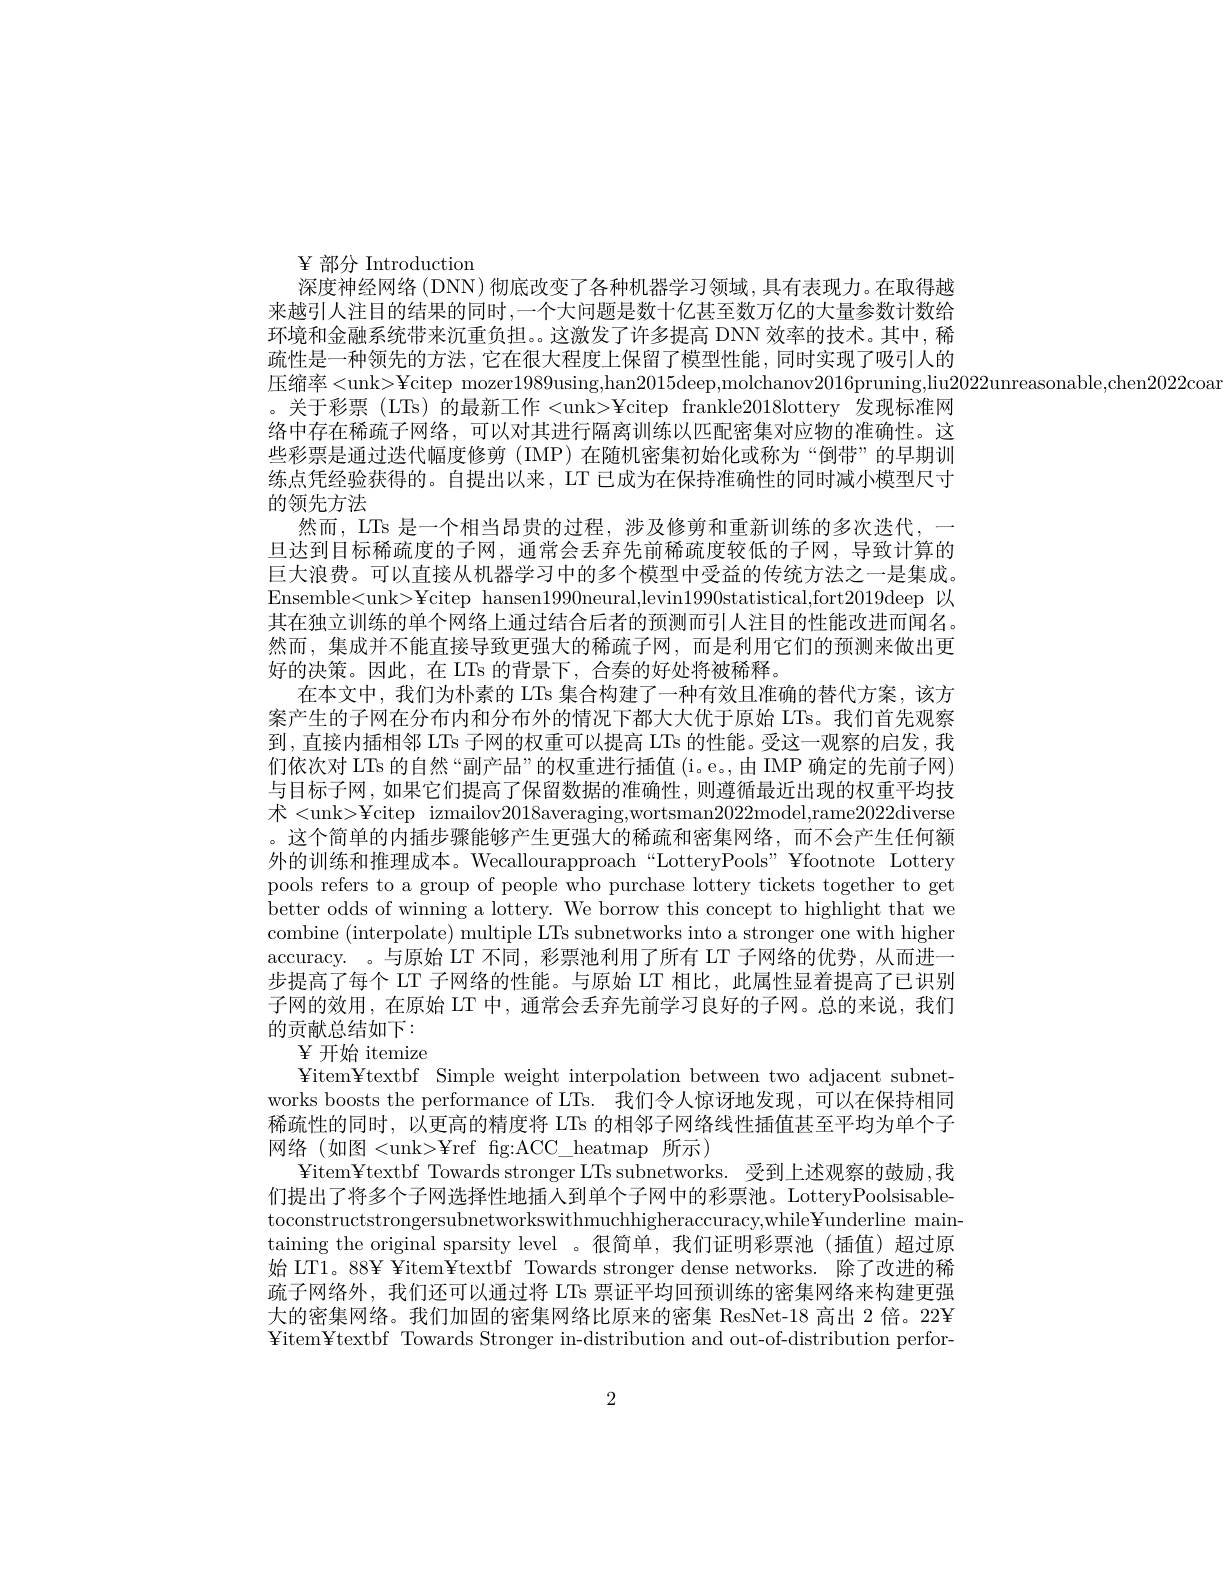
$\Psi$部分 Introduction
深度神经网络 (DNN) 彻底改变了各种机器学习领域，具有表现力。在取得越来越引人注目的结果的同时，一个大问题是数十亿甚至数万亿的大量参数计数给环境和金融系统带来沉重负担。这激发了许多提高 DNN 效率的技术。其中，稀疏性是一种领先的方法，它在很大程度上保留了模型性能，同时实现了吸引人的压缩率<unk>¥citep mozer1989using,han2015deep,molchanov2016pruning,liu20222unreasonable,chen2022coar
。关于彩票 (LTs) 的最新工作 <unk>¥citep frankle2018lottery 发现标准网络中存在稀疏子网络，可以对其进行隔离训练以匹配密集对应物的准确性。这些彩票是通过迭代幅度修剪 (IMP)在随机密集初始化或称为“倒带”的早期训练点凭经验获得的。自提出以来，LT 已成为在保持准确性的同时减小模型尺寸的领先方法
然而，LTs 是一个相当昂贵的过程，涉及修剪和重新训练的多次迭代，一旦达到目标稀疏度的子网，通常会丢弃先前稀疏度较低的子网，导致计算的巨大浪费。可以直接从机器学习中的多个模型中受益的传统方法之一是集成。Ensemble<unk>¥citep hansen1990neural,levin1990statistical,fort2019deep 以其在独立训练的单个网络上通过结合后者的预测而引人注目的性能改进而闻名。然而，集成并不能直接导致更强大的稀疏子网，而是利用它们的预测来做出更好的决策。因此，在 LTs 的背景下，合奏的好处将被稀释。
在本文中，我们为朴素的 LTs 集合构建了一种有效且准确的替代方案，该方案产生的子网在分布内和分布外的情况下都大大优于原始 LTs。我们首先观察到，直接内插相邻 LTs 子网的权重可以提高 LTs 的性能。受这一观察的启发，我们依次对 LTs 的自然“副产品”的权重进行插值 (i。e。,由 IMP 确定的先前子网) 与目标子网，如果它们提高了保留数据的准确性，则遵循最近出现的权重平均技术<unk>¥citep izmailov2018averaging,wortsman2022model,rame2022diverse 。这个简单的内插步骤能够产生更强大的稀疏和密集网络，而不会产生任何额外的训练和推理成本。Wecallourapproach“LotteryPools” ¥footnote Lottery pools refers to a group of people who purchase lottery tickets together to get better odds of winning a lottery. We borrow this concept to highlight that we combine (interpolate) multiple LTs subnetworks into a stronger one with higher accuracy. 。与原始 LT 不同，彩票池利用了所有 LT 子网络的优势，从而进一步提高了每个 LT 子网络的性能。与原始 LT 相比，此属性显着提高了已识别子网的效用，在原始 LT 中，通常会丢弃先前学习良好的子网。总的来说，我们的贡献总结如下：
$\Psi$开始 itemize
¥item¥textbf Simple weight interpolation between two adjacent subnetworks boosts the performance of LTs. 我们令人惊讶地发现，可以在保持相同稀疏性的同时，以更高的精度将 LTs 的相邻子网络线性插值甚至平均为单个子网络(如图<unk>¥ref fg:ACC\_heatmap所示)
Yitem¥textbf Towards stronger LTs subnetworks.受到上述观察的鼓励，我们提出了将多个子网选择性地插人到单个子网中的彩票池。LotteryPoolsisabletoconstructstrongersubnetworkswithmuchhigheraccuracy,while¥underline maintaining the original sparsity level 。很简单，我们证明彩票池(插值)超过原始 LT1。88¥ ¥item¥textbf Towards stronger dense networks. 除了改进的稀疏子网络外，我们还可以通过将 LTs 票证平均回预训练的密集网络来构建更强大的密集网络。我们加固的密集网络比原来的密集 ResNet-18 高出 2 倍。22¥ ¥ item¥ textbf Towards Stronger in- distribution and out- of- distribution perfor-

2